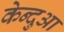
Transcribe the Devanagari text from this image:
केन्‍दुआ